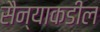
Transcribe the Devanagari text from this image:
सैन्याकडील